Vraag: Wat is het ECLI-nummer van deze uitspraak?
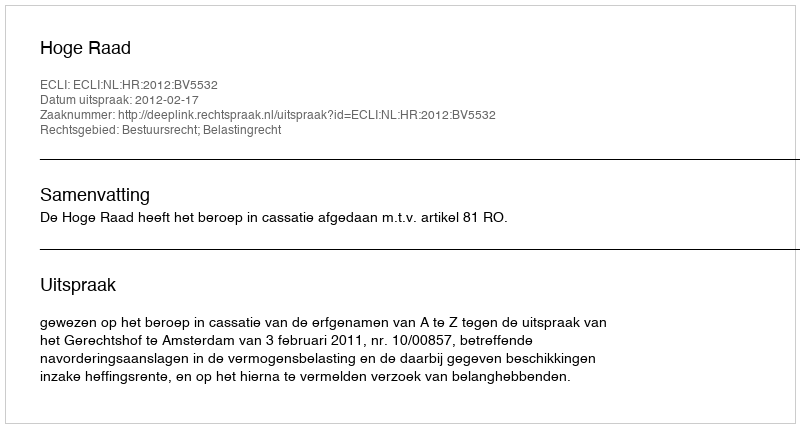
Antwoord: ECLI:NL:HR:2012:BV5532